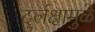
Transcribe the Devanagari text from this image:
दुर्लक्षामुळे